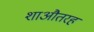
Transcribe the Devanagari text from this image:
शाऔतरह